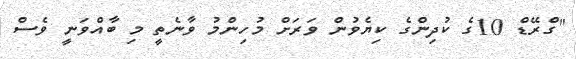
"ގްރޭޑް 10ގެ ކުދިންގެ ކިޔެވުން ވަރަށް މުހިންމު ވާނެތީ މި ބާއްވަނީ ވެސް